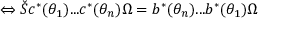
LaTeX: \Leftrightarrow \check { S } c ^ { * } ( \theta _ { 1 } ) . . . c ^ { * } ( \theta _ { n } ) \Omega = b ^ { * } ( \theta _ { n } ) . . . b ^ { * } ( \theta _ { 1 } ) \Omega